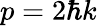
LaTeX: p=2\hbar k